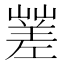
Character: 𡽓